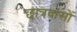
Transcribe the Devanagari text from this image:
छात्रवासों